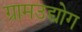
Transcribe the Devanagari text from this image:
ग्रामउद्योग